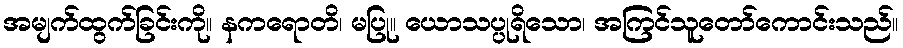
အမျက်ထွက်ခြင်းကို။ နကရောတိ၊ မပြု။ ယောသပ္ပုရိသော၊ အကြင်သူတော်ကောင်းသည်။